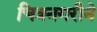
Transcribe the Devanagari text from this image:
चित्रनगरीने